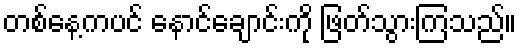
တစ်နေ့ကပင် နောင်ချောင်းကို ဖြတ်သွားကြသည်။